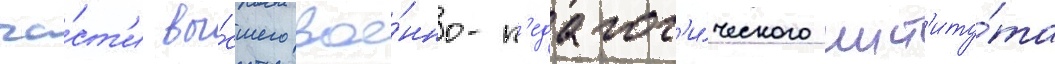
ча́ст'и вы́сшего вое́нно-п'едагог'и́ческого инст'иту́та